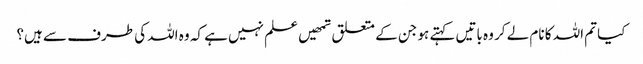
کیا تم اللہ کا نام لے کر وہ باتیں کہتے ہو جن کے متعلق تمھیں علم نہیں ہے کہ وہ اللہ کی طرف سے ہیں؟